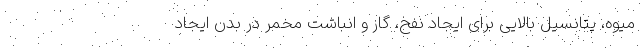
میوه، پتانسیل بالایی برای ایجاد نفخ، گاز و انباشت مخمر در بدن ایجاد